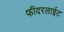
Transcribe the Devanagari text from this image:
फीदरलाईट